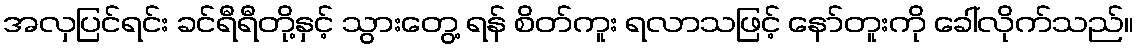
အလှပြင်ရင်း ခင်ရီရီတို့နှင့် သွားတွေ့ ရန် စိတ်ကူး ရလာသဖြင့် နော်တူးကို ခေါ်လိုက်သည်။